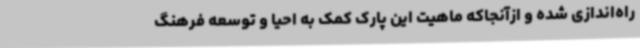
راه‌اندازی شده و ازآنجاکه ماهیت این پارک کمک به احیا و توسعه فرهنگ